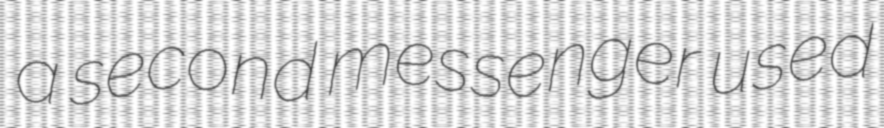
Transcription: a second messenger used